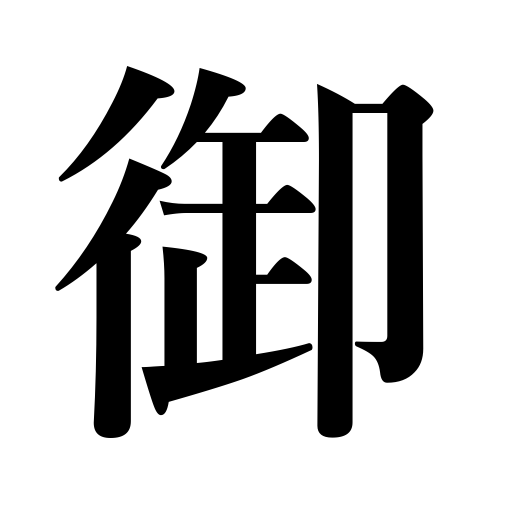
Meanings: honorific prefix,imperial honorary prefix,honorific prefixes